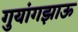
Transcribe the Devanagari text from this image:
गुयांगझाऊ